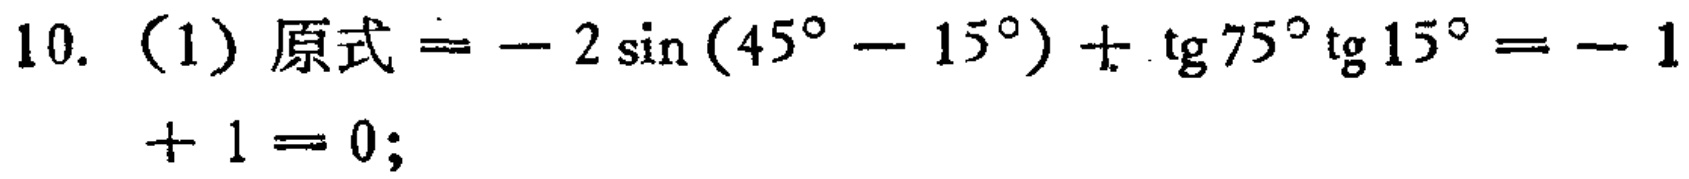
10. （1）原式$=-2\sin(45^{\circ}-15^{\circ})+\text{tg}75^{\circ}\text{tg}15^{\circ}=-1 + 1 = 0$;